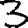
Digit: 3